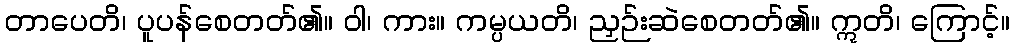
တာပေတိ၊ ပူပန်စေတတ်၏။ ဝါ၊ ကား။ ကမ္ပယတိ၊ ညှဉ်းဆဲစေတတ်၏။ ဣတိ၊ ကြောင့်။